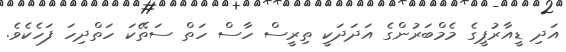
އަދި ޑީއާރުޕީގެ މެމްބަރުންގެ އަދަދަކީ ތިރީސް ހާސް ހަތް ސަތޭކަ ހަތްދިހަ ފަހެކެވެ.